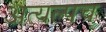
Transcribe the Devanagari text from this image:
अत्यल्पच